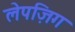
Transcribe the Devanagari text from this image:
लेपज़िग